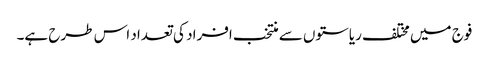
فوج میں مختلف ریاستوں سے منتخب افراد کی تعداد اس طرح ہے۔